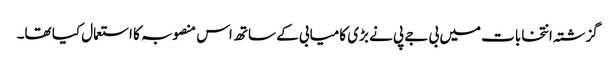
گزشتہ انتخابات میں بی جے پی نے بڑی کامیابی کے ساتھ اس منصوبہ کا استعمال کیا تھا۔